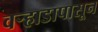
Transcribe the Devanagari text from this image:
वऱ्हाडापासून